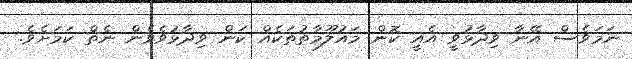
ނަމަވެސް އޭނާ ވިދާޅުވީ އެއީ ކޮން މައުލޫމާތުތަކެއް ކަން ވިދާޅުވެވެން ނެތް ކަމަށެވެ.